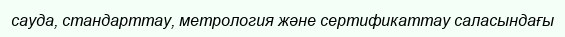
сауда, стандарттау, метрология және сертификаттау саласындағы